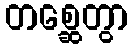
တစ္ဆေတွာ